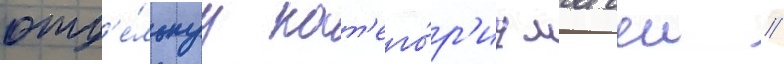
отд'е́льнуу кат'его́р'иу матчеи //